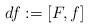
LaTeX: \begin{align*}df:=\left[ F,f\right] \end{align*}